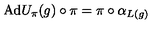
\mathrm { A d } U _ { \pi } ( g ) \circ \pi = \pi \circ \alpha _ { L ( g ) }